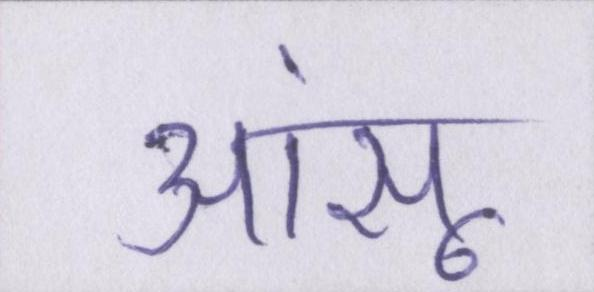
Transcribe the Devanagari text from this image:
आंसू